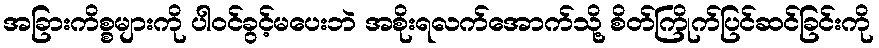
အခြားကိစ္စများကို ပါဝင်ခွင့်မပေးဘဲ အစိုးရလက်အောက်သို့ စိတ်ကြိုက်ပြင်ဆင်ခြင်းကို